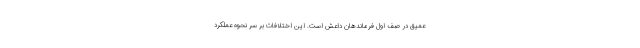
عمیق در صف اول فرماندهان داعش است. این اختلافات بر سر نحوه عملکرد